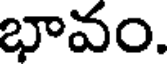
భావం.